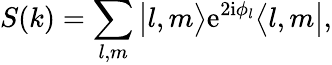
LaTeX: S(k)=\sum_{l,m}\big|l,m\bigr\rangle\mathrm{e}^{2\mathrm{i}\phi_{l}}\bigl\langle l,m\big|,